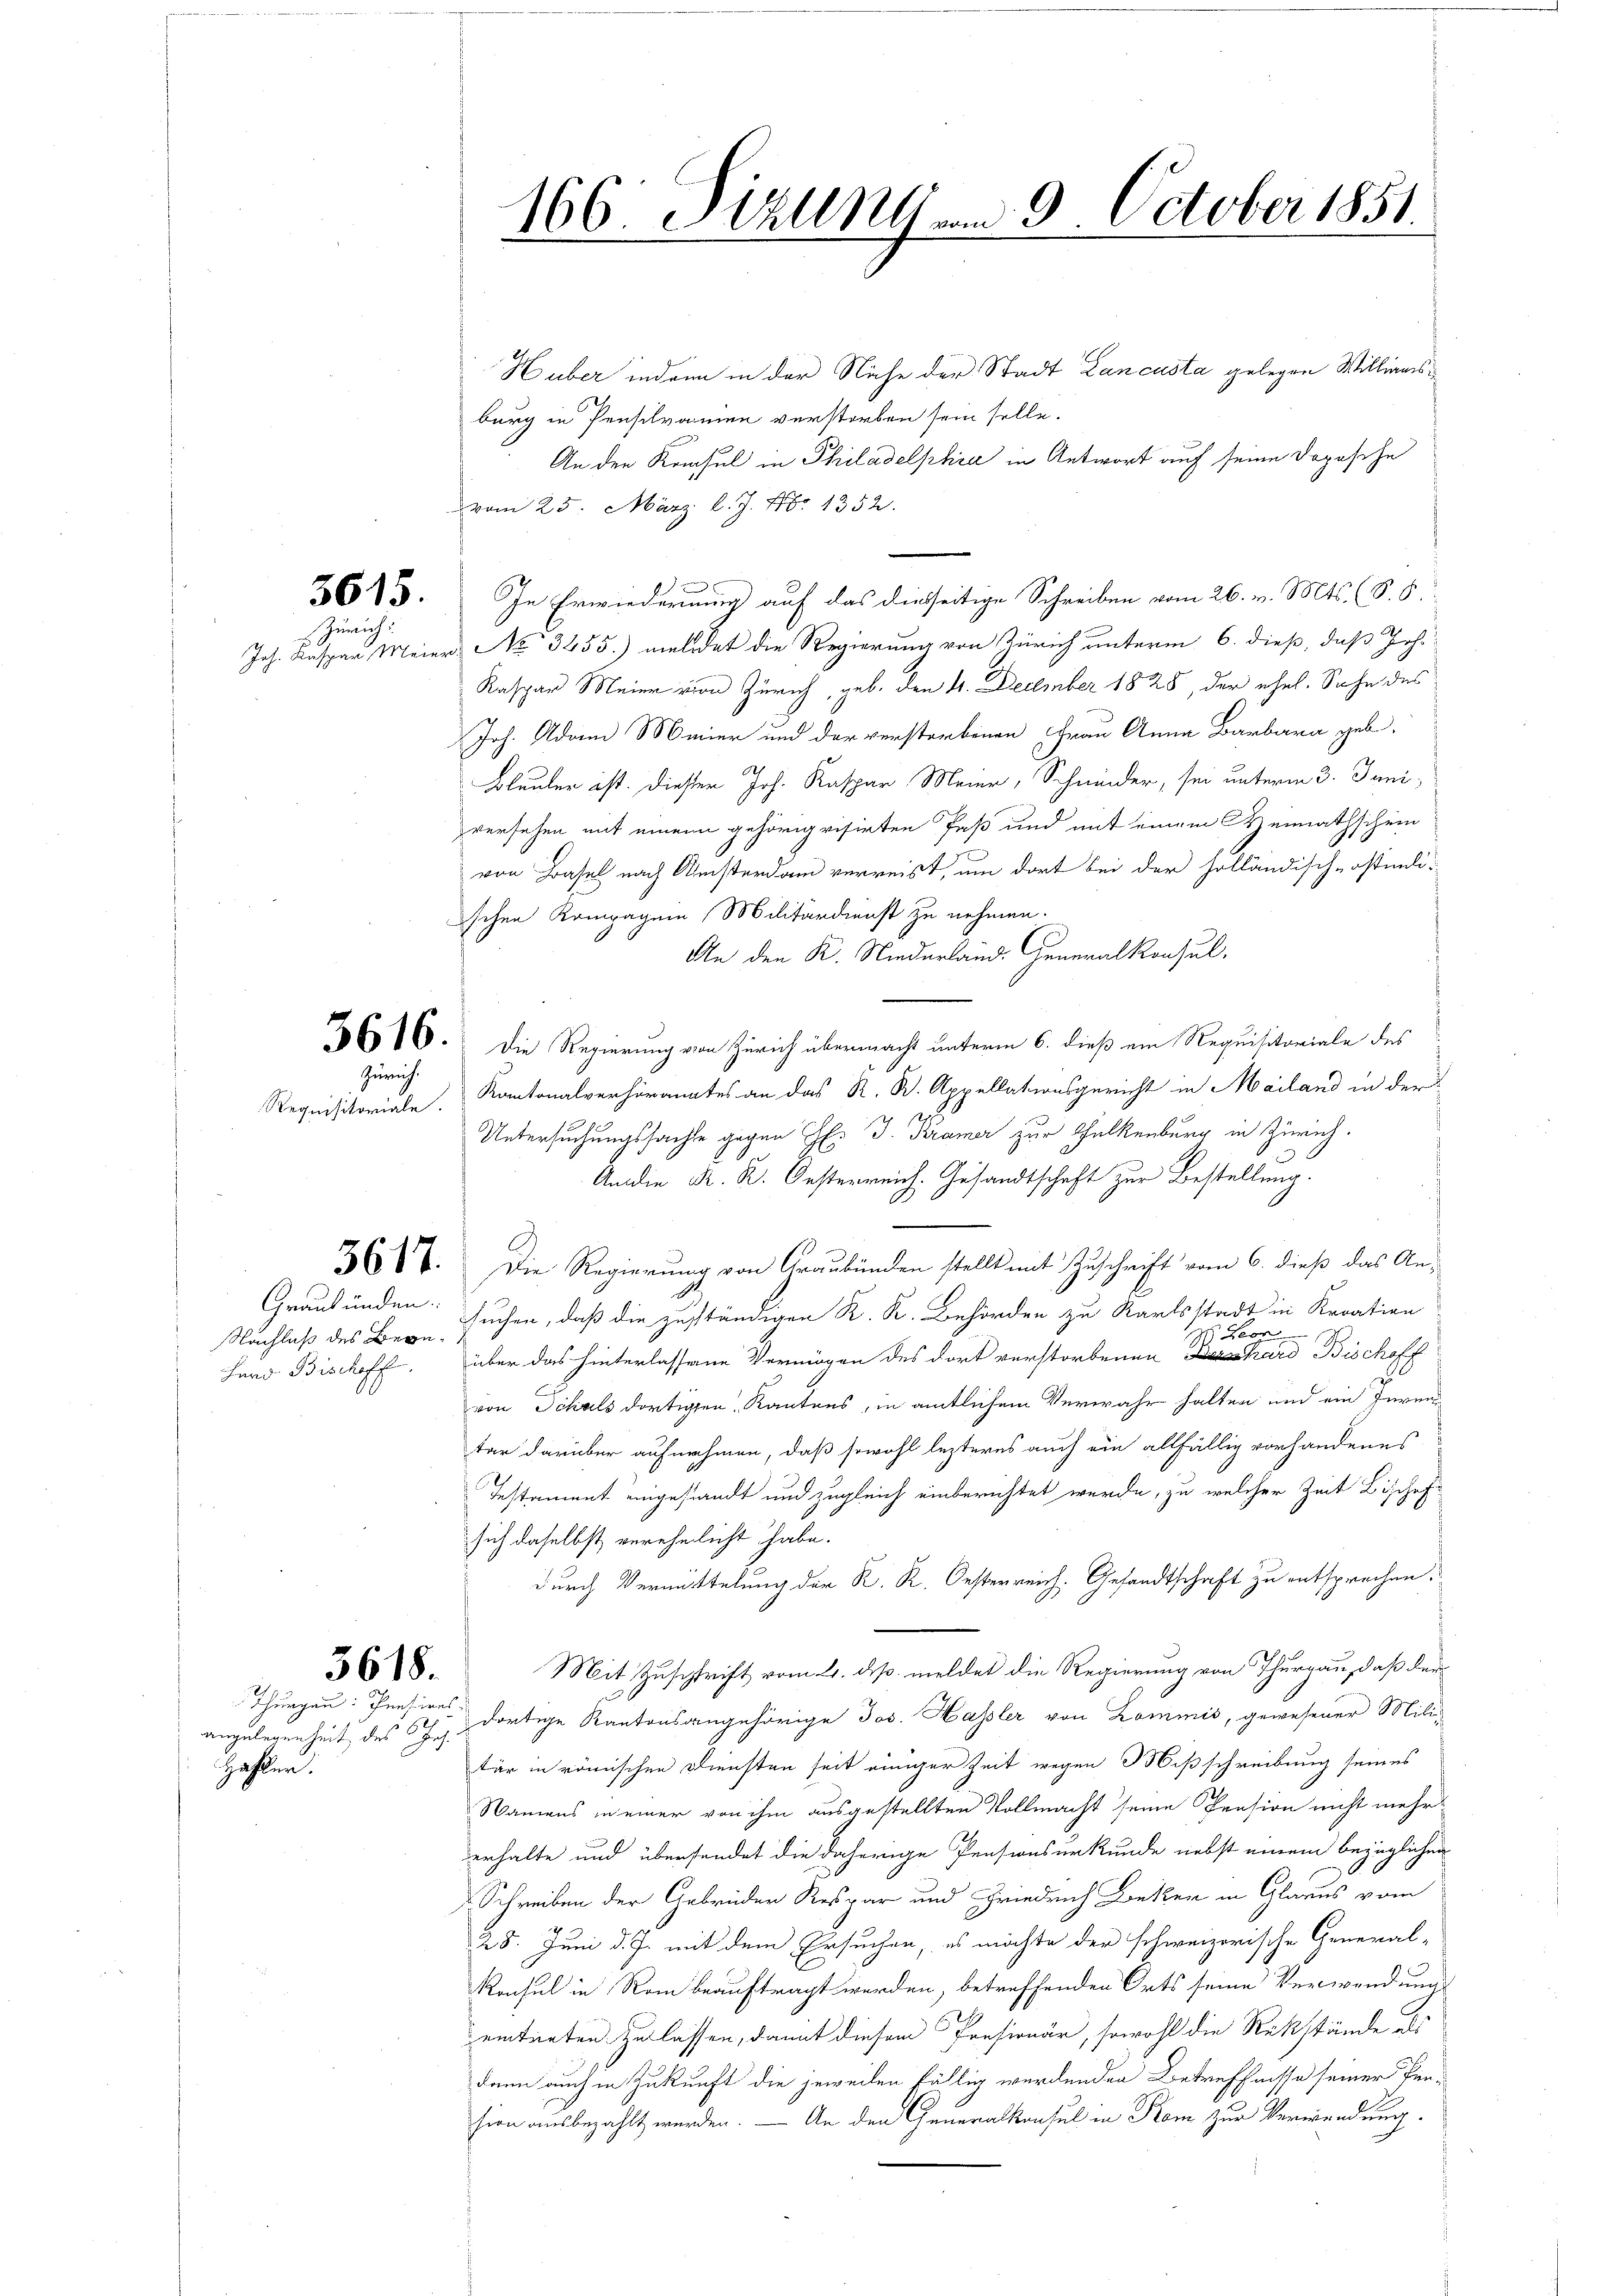
3615.
Zürich:

Zürich.

Requisitoriale.

Graubünden.
Nachlaß des Bege¬
Hard Bischofft.

5618.
Thurgau: Pensires.

Hafer.

Huber indamm in der Nähe der Stadt Lancusta gelegen Williansburg in Pensilvanien verstorben sein solle.
An den Konsul in Philadelphia in Antwort auf seine Dopische
vom 25. März l. J. Nr. 1352.
In Erwiederung auf das diesseitige Schreiben vom 26. v. Mts. (S. 5
Joh. Kaspar Meier No 3455.) meldet die Regierung von Zürich unterm 6. dieß, daß Joh.
Kaspar Meier von Zürich, geb. den 11. December 1828, der ehel. Sohn des
Joh. Adam Meier und der verstorbenen Frau Anna Barbara geb.
Bleuler ist. Dieser Joh. Kaspar Meier, Schnider, sei unterm 3. Jani,
versehen mit einem gehörig visirten Fuß und mit einem Heimathschein
von Basel nach Ansterdam verreist, um dort bei der holländisch-östmiischen Kompagnie Militärdienst zu nehmen.
An den K. Niederländ. Generalkonsul,
e
616. Die Regierung von Zürich übermacht unterm 6. dieß ein Requisitoriale des
 . . Appellationsgericht in Mailand in der
Untersuchungssachte gegen H. J. Kramer zur Thalkenburg in Zürich.
An die K. K. Oesterreich. Gesandtschaft zur Bestellung.
3687. Die Regierung von Graubünden stellt mit Zuschrift vom 6. dieß das An-
b
suchen, daß die zuständigen R. R. Behörden zu Karlsstadt in Kroatien
 Leon
über das hinterlassene Vermögen des dort verstorbenen hard Bischoff
von Schals dortigen Kantons, in amtlichem Verwahr halten und ein Juren
tar darüber aufnehmen, daß sowohl lezteres auch ein allfällig vorhandenes
Testament eingestandt und zugleich einberichtet wurde, zu welcher Zeit Bische
sich daselbst verehelicht habe.
durch Vermittelung der K. K. Oesterreich. Gesandtschaft zu entsprochen.
Mit Zuschrift vom 24. ds. meldet die Regierung von Thurgau, daß der
anzulegenheit des Sch dortige Kantonsangehörige Jos. Hassler von Kommis, gewesener Mili-
tär in römischen Diensten seit einiger Zeit wegen Mißschreibung seines
Namens in einer von ihm ausgestellten Vollmacht seine Pension nicht mehr
erhalte und übersendet die daherige Pensionsurkunde nebst einem bezüglichen
Schreiben der Gebrüder Respar und Friedrich Bekker in Glarus vom
28. Juni d. J. mit dem Ersuchen, es möchte der schweizerische General-
Konsul in Rom beauftragt werden, betreffenden Orts seine Verwendungs
eintreten zu lassen, damit diesem Presionär, sowohl die Rükstände als
dann auch in Zukunft die jeweilen fällig werdenden Betreffnisse seiner Pension ausbezahlt werden. — An den Generalkonsul in Rom zur Verwendung.

166. Stall vom 9. October 1851.